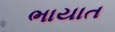
ભાયાત